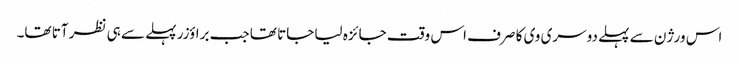
اس ورژن سے پہلے دوسری وی کا صرف اس وقت جائزہ لیا جاتا تھا جب براؤزر پہلے سے ہی نظر آتا تھا۔